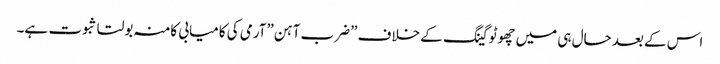
اس کے بعد حال ہی میں چھوٹوگینگ کے خلاف ”ضرب آہن”آرمی کی کامیابی کامنہ بولتا ثبوت ہے۔